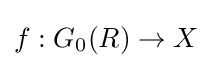
f:G_{0}(R)\to X